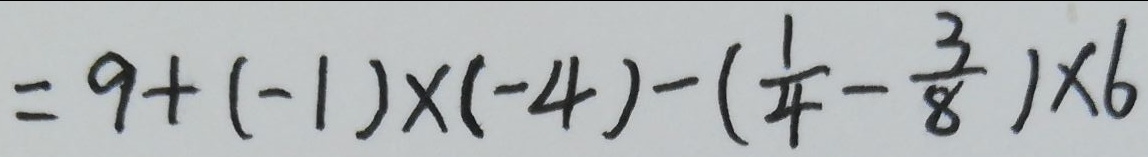
= 9 + ( - 1 ) \times ( - 4 ) - ( \frac { 1 } { 4 } - \frac { 3 } { 8 } ) \times 6